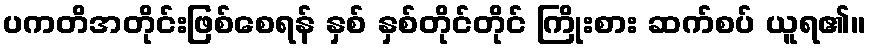
ပကတိအတိုင်းဖြစ်စေရန် နှစ် နှစ်တိုင်တိုင် ကြိုးစား ဆက်စပ် ယူရ၏။